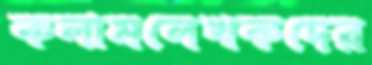
কলামলেখকদের